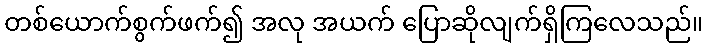
တစ်ယောက်စွက်ဖက်၍ အလု အယက် ပြောဆိုလျက်ရှိကြလေသည်။